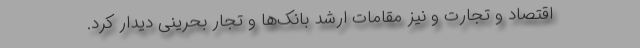
اقتصاد و تجارت و نیز مقامات ارشد بانک‌ها و تجار بحرینی دیدار کرد.